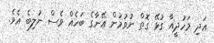
އަދި މަހުދީއާ ގުޅޭ ގޮތް ނުވުމުން އޭނާގެ ބަހެއް ވެސް ނުލިބެ އެވެ.